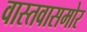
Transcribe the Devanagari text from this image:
वास्तवासमोर